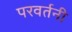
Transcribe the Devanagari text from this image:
परवर्तनी